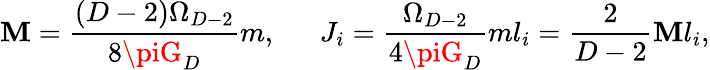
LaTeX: \mathbf{M}={\frac{{(D-2)\Omega_{D-2}}}{{8\piG_{D}}}}m,\ \ \ \ \ \ J_{i}={\frac{{\Omega_{D-2}}}{{4\piG_{D}}}}ml_{i}={\frac{{2}}{{D-2}}}\mathbf{M}l_{i},